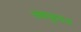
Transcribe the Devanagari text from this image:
अवधूतराज